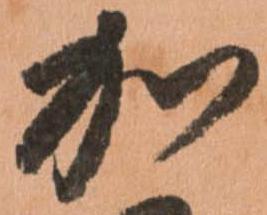
か